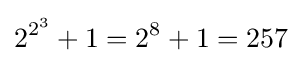
2^{2^{3}}+1=2^{8}+1=257